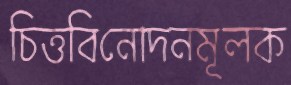
চিত্তবিনোদনমূলক